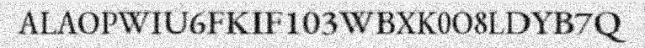
ALAOPWIU6FKIF103WBXK0O8LDYB7Q